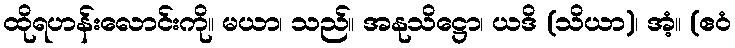
ထိုရဟန်းလောင်းကို။ မယာ၊ သည်။ အနုသိဋ္ဌော၊ ယဒိ (သိယာ)၊ အံ့။ (ဧဝံ